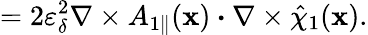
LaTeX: =2\varepsilon_{\delta}^{2}\nabla\times{A}_{1\parallel}(\textbf{x})\boldsymbol{\cdot}\nabla\times\hat{\chi}_{1}(\textbf{x}).